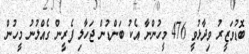
ބޮޑުވަޒީރު ވިދާޅުވީ 476 މީހުންނާ އެކު ބަންޑުން ޖަހާލި ފެރީން ގެއްލުނު މީހުން